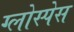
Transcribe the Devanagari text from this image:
ग्लोस्पेस